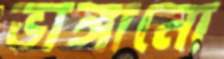
ভাঙ্গানো